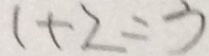
1 + 2 = 3